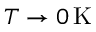
T \rightarrow 0 \, \mathrm { K }